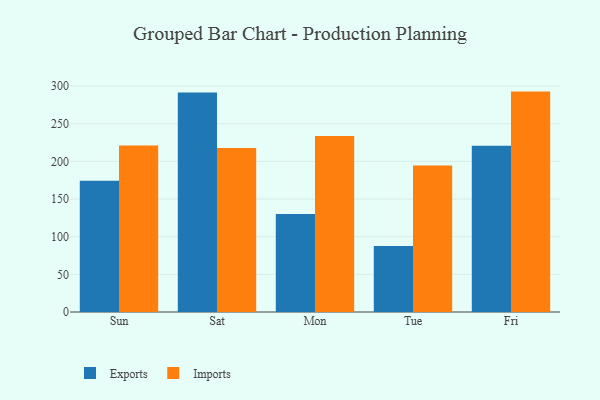
{"axis": {"x": "Day", "y": "Operating Costs (USD K)"}, "legend": ["Exports", "Imports"], "data": [{"x": "Sun", "y": 174.4, "type": "Exports"}, {"x": "Sun", "y": 221.0, "type": "Imports"}, {"x": "Sat", "y": 291.6, "type": "Exports"}, {"x": "Sat", "y": 217.9, "type": "Imports"}, {"x": "Mon", "y": 130.0, "type": "Exports"}, {"x": "Mon", "y": 233.6, "type": "Imports"}, {"x": "Tue", "y": 87.6, "type": "Exports"}, {"x": "Tue", "y": 194.7, "type": "Imports"}, {"x": "Fri", "y": 220.8, "type": "Exports"}, {"x": "Fri", "y": 292.7, "type": "Imports"}]}